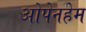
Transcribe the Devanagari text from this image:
ओपेनहेम